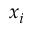
x _ { i }